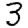
Digit: 3